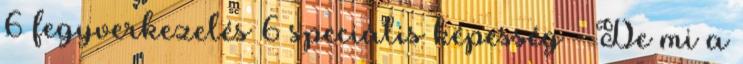
6 fegyverkezelés 6 speciális képesség - De mi a